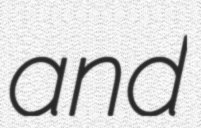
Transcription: and